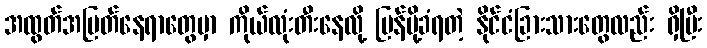
အထွတ်အမြတ်နေရာတွေမှာ ကိုယ်လုံးတီးနေလို့ ပြန်ပို့ခံရတဲ့ နိုင်ငံခြားသားတွေလည်း ရှိပြီး